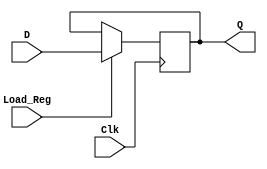
`timescale 1ns / 1ps
//////////////////////////////////////////////////////////////////////////////////
// Company: 
// Engineer: 
// 
// Design Name: 
// Module Name: REG
// Project Name: 
// Target Devices: 
// Tool Versions: 
// Description: 
// 
// Dependencies: 
// 
// Revision:
// Revision 0.01 - File Created
// Additional Comments:
// 
//////////////////////////////////////////////////////////////////////////////////


module REG #(parameter Data_Width = 32)(
    input [Data_Width - 1:0] D,
    input Clk, Load_Reg,
    output reg [Data_Width - 1:0] Q
);

    always @ (posedge Clk)
        begin
           if (Load_Reg)
                Q <= D; 
        end
endmodule